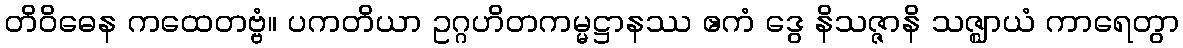
တိဝိဓေန ကထေတဗ္ဗံ။ ပကတိယာ ဥဂ္ဂဟိတကမ္မဋ္ဌာနဿ ဧကံ ဒွေ နိသဇ္ဇာနိ သဇ္ဈာယံ ကာရေတွာ